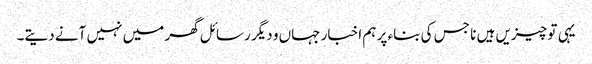
یہی تو چیزیں ہیں نا جس کی بناء پر ہم اخبار جہاں و دیگر رسائل گھر میں نہیں آنے دیتے۔